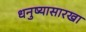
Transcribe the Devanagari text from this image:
धनुष्यासारखा